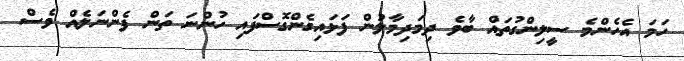
ހަމަ އެހެންމެ ސީލިންގުތައް ބާވެ ދިމަދިމާލުން ފަޅައިގެންގޮސްފައި ހުންނަ ތަން ފެންނަލެއް ވެސް